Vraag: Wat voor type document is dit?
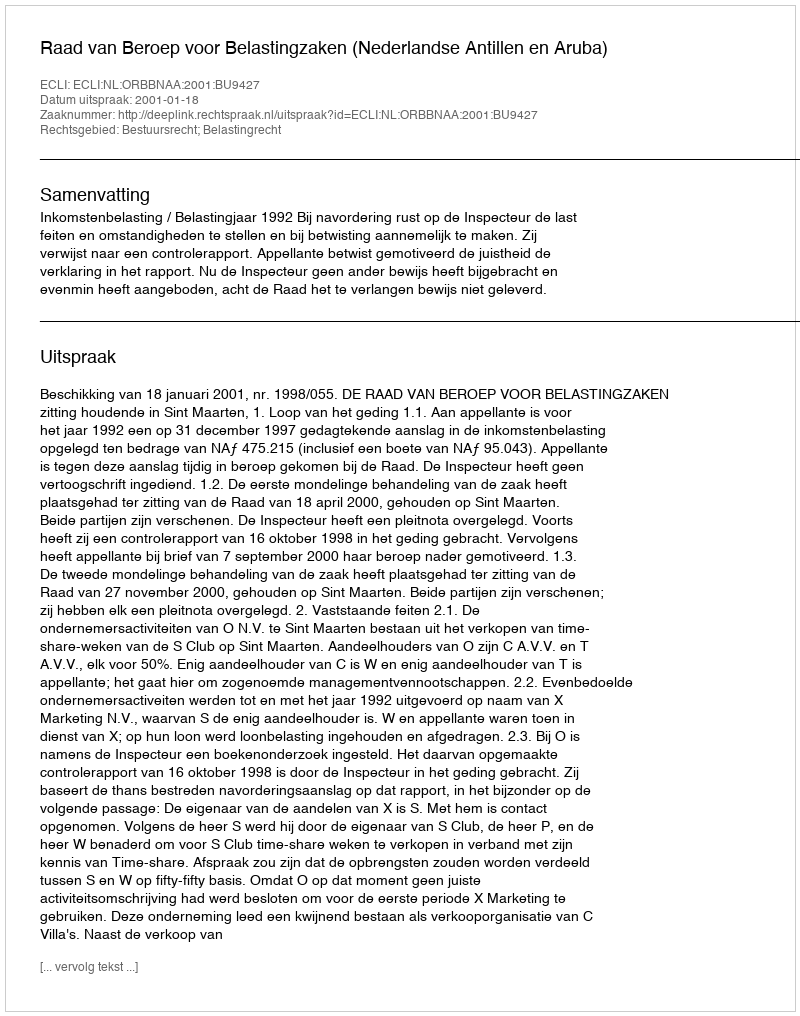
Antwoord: Uitspraak